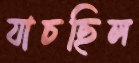
যাচছিল